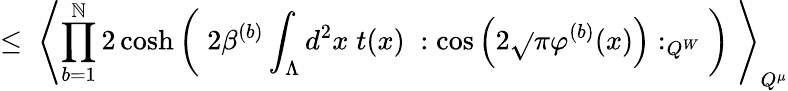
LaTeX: \leq\; \left\langle\prod_{b=1}^{\mathbb{N}}2\cosh\left(\; 2\beta^{(b)}\int_{\Lambda}d^{2}x\; t(x)\; :\cos\left(2\sqrt{}{{\pi}}\varphi^{(b)}(x)\right):_{Q^{W}}\; \right)\; \right\rangle_{Q^{\mu}}